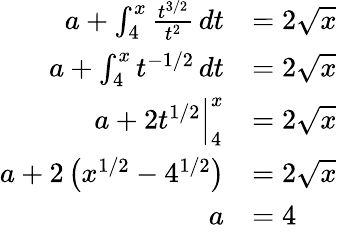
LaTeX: \begin{array}{rl}{a+\int_{4}^{x}\frac{t^{3/2}}{t^{2}}\, dt}&{=2\sqrt{x}}\\ {a+\int_{4}^{x}t^{-1/2}\, dt}&{=2\sqrt{x}}\\ {a+2t^{1/2}\Big|_{4}^{x}}&{=2\sqrt{x}}\\ {a+2\left(x^{1/2}-4^{1/2}\right)}&{=2\sqrt{x}}\\ {a}&{=4}\end{array}